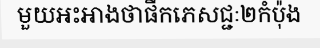
មួយអះអាងថាផឹកភេសជ្ជៈ២កំប៉ុង